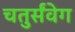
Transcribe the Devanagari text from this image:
चतुर्संवेग